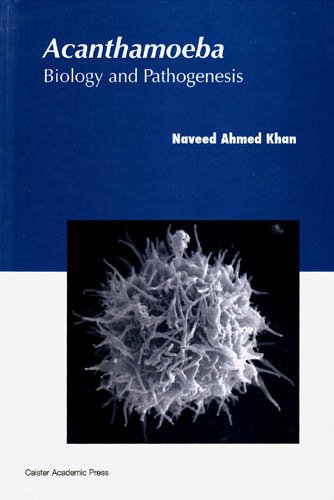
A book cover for Acanthamoeba: Biology and Pathogenesis; Naveed Khan; Medical Books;